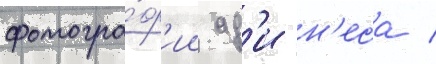
фотогра́ф'ии ад'и н'еса /